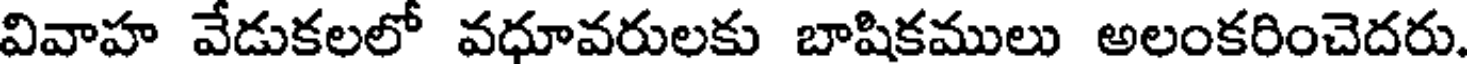
వివాహ వేడుకలలో వధూవరులకు బాషికములు అలంకరించెదరు